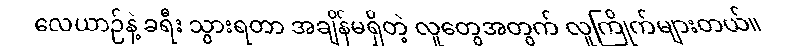
လေယာဉ်နဲ့ ခရီး သွားရတာ အချိန်မရှိတဲ့ လူတွေအတွက် လူကြိုက်များတယ်။